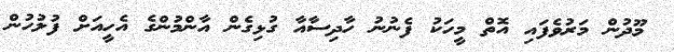
މޫދުން މަރުވެފައި އޮތް މީހަކު ފެނުނު ހާދިސާއާ ގުޅިގެން އާންމުންގެ އެހީއަށް ފުލުހުން